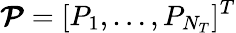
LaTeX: \boldsymbol{\mathcal{P}}=[P_{1},\ldots,P_{N_{T}}]^{T}